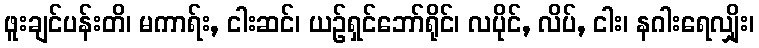
ဖူးချင်ပန်းတိ၊ မကာရ်း, ငါးဆင်၊ ယဉ်ရှင်ဘော်ရိုင်၊ လပိုင်, လိပ်, ငါး၊ နဂါးရေလျှိုး၊